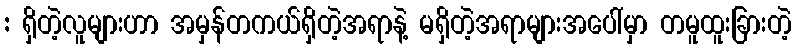
: ရှိတဲ့လူများဟာ အမှန်တကယ်ရှိတဲ့အရာနဲ့ မရှိတဲ့အရာများအပေါ်မှာ တမူထူးခြားတဲ့